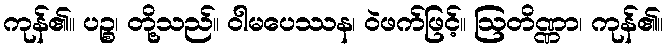
ကုန်၏။ ပဉ္စ၊ တို့သည်။ ဝါမပေဿန၊ ဝဲဖက်ဖြင့်။ ဩတိဏ္ဏာ၊ ကုန်၏။